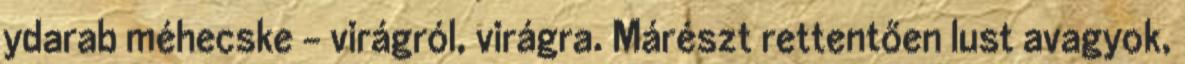
ydarab méhecske - virágról, virágra. Márészt rettentően lust avagyok,